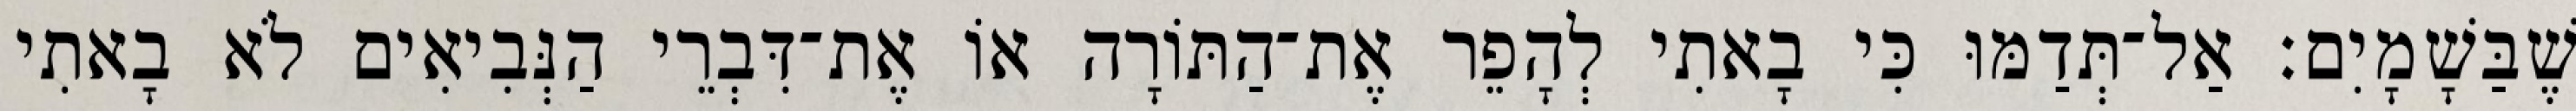
שֶׁבַּשָׁמָיִם׃ אַל־תְּדַמּוּ כִּי בָאתִי לְהָפֵר אֶת־הַתּוֹרָה אוֹ אֶת־דִּבְרֵי הַנְּבִיאִים לֹא בָאתִי